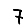
Digit: 7